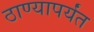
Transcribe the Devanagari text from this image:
ठाण्यापर्यंत